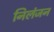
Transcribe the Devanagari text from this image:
निलंजन